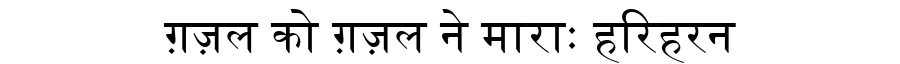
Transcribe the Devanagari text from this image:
ग़ज़ल को ग़ज़ल ने माराः हरिहरन